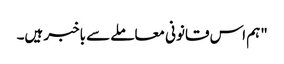
"ہم اس قانونی معاملے سے باخبر ہیں۔